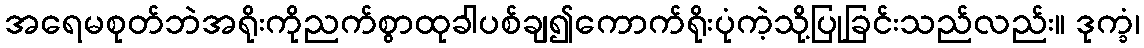
အရေမစုတ်ဘဲအရိုးကိုညက်စွာထုခါပစ်ချ၍ကောက်ရိုးပုံကဲ့သို့ပြုခြင်းသည်လည်း။ ဒုက္ခံ၊